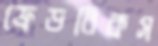
ফ্রেডরিকস